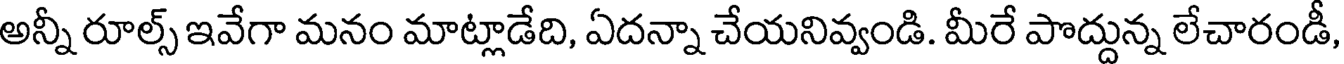
అన్నీ రూల్స్ ఇవేగా మనం మాట్లాడేది, ఏదన్నా చేయనివ్వండి. మీరే పొద్దున్న లేచారండీ